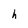
Character: h